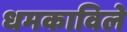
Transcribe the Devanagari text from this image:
धमकाविले